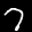
Label: 7